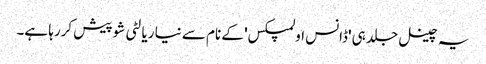
یہ چینل جلد ہی 'ڈانس اولمپکس' کے نام سے نیا ریالٹی شو پیش کررہا ہے۔